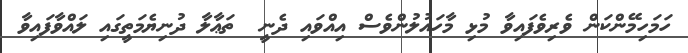
ހަމަހިމޭންކަން ވެރިވެފައިވާ މުޅި މާހައުލުންވެސް އިއްވައި ދެނީ  ތަޢާލާ ދުނިޔެމަތީގައި ލައްވާފައިވާ